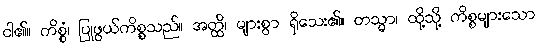
ငါ၏။ ကိစ္စံ၊ ပြုဖွယ်ကိစ္စသည်။ အတ္ထိ၊ များစွာ ရှိသေး၏။ တသ္မာ၊ ထို့သို့ ကိစ္စများသော